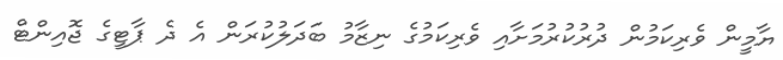
ޔާމީން ވެރިކަމުން ދުރުކުރުމަށާއި ވެރިކަމުގެ ނިޒާމު ބަދަލުކުރަން އެ ދެ ޕާޓީގެ ޖޮއިންޓް